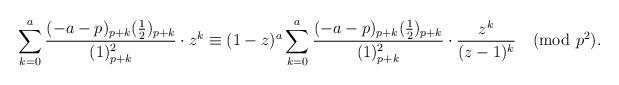
LaTeX: \begin{align*}\sum_{k=0}^a\frac{(-a-p)_{p+k}(\frac12)_{p+k}}{(1)_{p+k}^2}\cdot z^k\equiv(1-z)^a\sum_{k=0}^a\frac{(-a-p)_{p+k}(\frac12)_{p+k}}{(1)_{p+k}^2}\cdot\frac{z^k}{(z-1)^k}\pmod{p^2}.\end{align*}